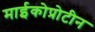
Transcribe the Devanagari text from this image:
माईकोप्रोटीन